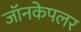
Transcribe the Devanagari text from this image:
जॉनकेपलर